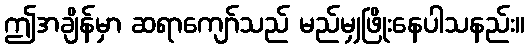
ဤအချိန်မှာ ဆရာကျော်သည် မည်မျှဖြိုးနေပါသနည်း။